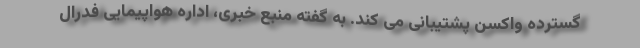
گسترده واکسن پشتیبانی می کند. به گفته منبع خبری، اداره هواپیمایی فدرال